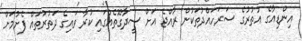
އިންޑިއާގެ އުތުރުގެ ސަރަހައްދުތަކުން ރާއްޖެ އަށް ސީދާގޮތެއްގައި ކުރާ ވައިގެ ދަތުރުތައް ފެށުމަށް